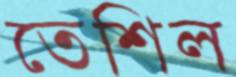
তেশিল